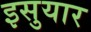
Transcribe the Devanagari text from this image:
इसुयार